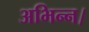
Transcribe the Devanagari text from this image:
अभिन्न।